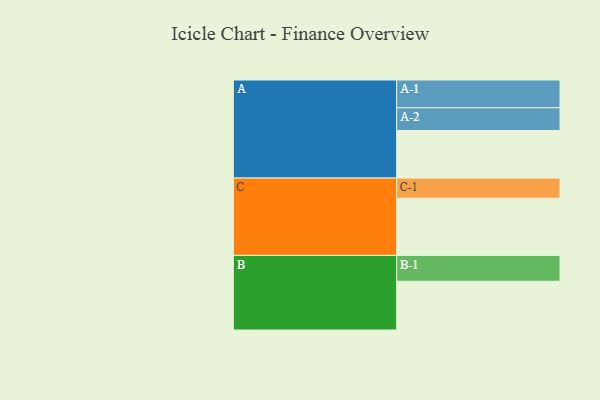
{"axis": {"x": "Segment", "y": "Value"}, "legend": ["", "A", "B", "C"], "data": [{"x": "A", "y": 494, "type": ""}, {"x": "B", "y": 506, "type": ""}, {"x": "C", "y": 594, "type": ""}, {"x": "A-1", "y": 288, "type": "A"}, {"x": "A-2", "y": 236, "type": "A"}, {"x": "B-1", "y": 268, "type": "B"}, {"x": "C-1", "y": 209, "type": "C"}]}